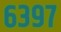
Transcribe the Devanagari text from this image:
६३९७